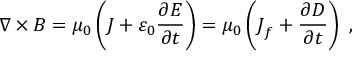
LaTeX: { \boldsymbol { \nabla \times B } } = \mu _ { 0 } \left( { \boldsymbol { J } } + \varepsilon _ { 0 } { \frac { \partial { \boldsymbol { E } } } { \partial t } } \right) = \mu _ { 0 } \left( { \boldsymbol { J } } _ { f } + { \frac { \partial { \boldsymbol { D } } } { \partial t } } \right) \ ,